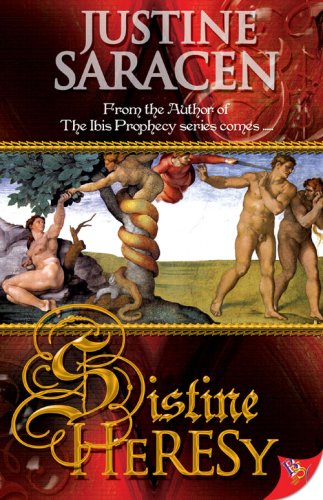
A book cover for Sistine Heresy; Justine Saracen; Romance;